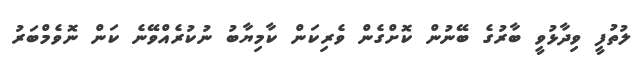
ލުތުފީ ވިދާޅުވީ ބާރުގެ ބޭނުން ކޮށްގެން ވެރިކަން ކާމިޔާބު ނުކުރެއްވޭނެ ކަން ނޮވެމްބަރު